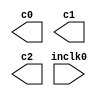
// megafunction wizard: %ALTPLL%VBB%
// GENERATION: STANDARD
// VERSION: WM1.0
// MODULE: altpll 

// ============================================================
// Megafunction Name(s):
// 			altpll
//
// Simulation Library Files(s):
// 			altera_mf
// ============================================================
// ************************************************************
// THIS IS A WIZARD-GENERATED FILE. DO NOT EDIT THIS FILE!
//
// 10.0 Build 218 06/27/2010 SJ Full Version
// ************************************************************

//Copyright (C) 1991-2010 Altera Corporation
//Your use of Altera Corporation's design tools, logic functions 
//and other software and tools, and its AMPP partner logic 
//functions, and any output files from any of the foregoing 
//(including device programming or simulation files), and any 
//associated documentation or information are expressly subject 
//to the terms and conditions of the Altera Program License 
//Subscription Agreement, Altera MegaCore Function License 
//Agreement, or other applicable license agreement, including, 
//without limitation, that your use is for the sole purpose of 
//programming logic devices manufactured by Altera and sold by 
//Altera or its authorized distributors.  Please refer to the 
//applicable agreement for further details.

module Sdram_PLL (
	inclk0,
	c0,
	c1,
	c2);

	input	  inclk0;
	output	  c0;
	output	  c1;
	output	  c2;

endmodule

// ============================================================
// CNX file retrieval info
// ============================================================
// Retrieval info: PRIVATE: ACTIVECLK_CHECK STRING "0"
// Retrieval info: PRIVATE: BANDWIDTH STRING "0.000"
// Retrieval info: PRIVATE: BANDWIDTH_FEATURE_ENABLED STRING "1"
// Retrieval info: PRIVATE: BANDWIDTH_FREQ_UNIT STRING "MHz"
// Retrieval info: PRIVATE: BANDWIDTH_PRESET STRING "Low"
// Retrieval info: PRIVATE: BANDWIDTH_USE_AUTO STRING "1"
// Retrieval info: PRIVATE: BANDWIDTH_USE_PRESET STRING "0"
// Retrieval info: PRIVATE: CLKBAD_SWITCHOVER_CHECK STRING "0"
// Retrieval info: PRIVATE: CLKLOSS_CHECK STRING "0"
// Retrieval info: PRIVATE: CLKSWITCH_CHECK STRING "0"
// Retrieval info: PRIVATE: CNX_NO_COMPENSATE_RADIO STRING "0"
// Retrieval info: PRIVATE: CREATE_CLKBAD_CHECK STRING "0"
// Retrieval info: PRIVATE: CREATE_INCLK1_CHECK STRING "0"
// Retrieval info: PRIVATE: CUR_DEDICATED_CLK STRING "c0"
// Retrieval info: PRIVATE: CUR_FBIN_CLK STRING ""
// Retrieval info: PRIVATE: DEVICE_SPEED_GRADE STRING "Any"
// Retrieval info: PRIVATE: DIV_FACTOR0 NUMERIC "1"
// Retrieval info: PRIVATE: DIV_FACTOR1 NUMERIC "1"
// Retrieval info: PRIVATE: DIV_FACTOR2 NUMERIC "3"
// Retrieval info: PRIVATE: DUTY_CYCLE0 STRING "50.00000000"
// Retrieval info: PRIVATE: DUTY_CYCLE1 STRING "50.00000000"
// Retrieval info: PRIVATE: DUTY_CYCLE2 STRING "50.00000000"
// Retrieval info: PRIVATE: EFF_OUTPUT_FREQ_VALUE0 STRING "100.000000"
// Retrieval info: PRIVATE: EFF_OUTPUT_FREQ_VALUE1 STRING "100.000000"
// Retrieval info: PRIVATE: EFF_OUTPUT_FREQ_VALUE2 STRING "33.333332"
// Retrieval info: PRIVATE: EXPLICIT_SWITCHOVER_COUNTER STRING "0"
// Retrieval info: PRIVATE: EXT_FEEDBACK_RADIO STRING "0"
// Retrieval info: PRIVATE: GLOCKED_COUNTER_EDIT_CHANGED STRING "1"
// Retrieval info: PRIVATE: GLOCKED_FEATURE_ENABLED STRING "0"
// Retrieval info: PRIVATE: GLOCKED_MODE_CHECK STRING "0"
// Retrieval info: PRIVATE: GLOCK_COUNTER_EDIT NUMERIC "1"
// Retrieval info: PRIVATE: HAS_MANUAL_SWITCHOVER STRING "1"
// Retrieval info: PRIVATE: INCLK0_FREQ_EDIT STRING "50.000"
// Retrieval info: PRIVATE: INCLK0_FREQ_UNIT_COMBO STRING "MHz"
// Retrieval info: PRIVATE: INCLK1_FREQ_EDIT STRING "0.000"
// Retrieval info: PRIVATE: INCLK1_FREQ_EDIT_CHANGED STRING "1"
// Retrieval info: PRIVATE: INCLK1_FREQ_UNIT_CHANGED STRING "1"
// Retrieval info: PRIVATE: INCLK1_FREQ_UNIT_COMBO STRING "MHz"
// Retrieval info: PRIVATE: INTENDED_DEVICE_FAMILY STRING "Cyclone IV E"
// Retrieval info: PRIVATE: INT_FEEDBACK__MODE_RADIO STRING "1"
// Retrieval info: PRIVATE: LOCKED_OUTPUT_CHECK STRING "0"
// Retrieval info: PRIVATE: LONG_SCAN_RADIO STRING "1"
// Retrieval info: PRIVATE: LVDS_MODE_DATA_RATE STRING "Not Available"
// Retrieval info: PRIVATE: LVDS_MODE_DATA_RATE_DIRTY NUMERIC "0"
// Retrieval info: PRIVATE: LVDS_PHASE_SHIFT_UNIT0 STRING "ps"
// Retrieval info: PRIVATE: LVDS_PHASE_SHIFT_UNIT1 STRING "ps"
// Retrieval info: PRIVATE: LVDS_PHASE_SHIFT_UNIT2 STRING "ps"
// Retrieval info: PRIVATE: MIG_DEVICE_SPEED_GRADE STRING "Any"
// Retrieval info: PRIVATE: MIRROR_CLK0 STRING "0"
// Retrieval info: PRIVATE: MIRROR_CLK1 STRING "0"
// Retrieval info: PRIVATE: MIRROR_CLK2 STRING "0"
// Retrieval info: PRIVATE: MULT_FACTOR0 NUMERIC "4"
// Retrieval info: PRIVATE: MULT_FACTOR1 NUMERIC "4"
// Retrieval info: PRIVATE: MULT_FACTOR2 NUMERIC "2"
// Retrieval info: PRIVATE: NORMAL_MODE_RADIO STRING "1"
// Retrieval info: PRIVATE: OUTPUT_FREQ0 STRING "100.00000000"
// Retrieval info: PRIVATE: OUTPUT_FREQ1 STRING "100.00000000"
// Retrieval info: PRIVATE: OUTPUT_FREQ2 STRING "18.75000000"
// Retrieval info: PRIVATE: OUTPUT_FREQ_MODE0 STRING "1"
// Retrieval info: PRIVATE: OUTPUT_FREQ_MODE1 STRING "1"
// Retrieval info: PRIVATE: OUTPUT_FREQ_MODE2 STRING "0"
// Retrieval info: PRIVATE: OUTPUT_FREQ_UNIT0 STRING "MHz"
// Retrieval info: PRIVATE: OUTPUT_FREQ_UNIT1 STRING "MHz"
// Retrieval info: PRIVATE: OUTPUT_FREQ_UNIT2 STRING "MHz"
// Retrieval info: PRIVATE: PHASE_RECONFIG_FEATURE_ENABLED STRING "1"
// Retrieval info: PRIVATE: PHASE_RECONFIG_INPUTS_CHECK STRING "0"
// Retrieval info: PRIVATE: PHASE_SHIFT0 STRING "0.00000000"
// Retrieval info: PRIVATE: PHASE_SHIFT1 STRING "-65.00000000"
// Retrieval info: PRIVATE: PHASE_SHIFT2 STRING "0.00000000"
// Retrieval info: PRIVATE: PHASE_SHIFT_STEP_ENABLED_CHECK STRING "0"
// Retrieval info: PRIVATE: PHASE_SHIFT_UNIT0 STRING "ns"
// Retrieval info: PRIVATE: PHASE_SHIFT_UNIT1 STRING "deg"
// Retrieval info: PRIVATE: PHASE_SHIFT_UNIT2 STRING "ps"
// Retrieval info: PRIVATE: PLL_ADVANCED_PARAM_CHECK STRING "0"
// Retrieval info: PRIVATE: PLL_ARESET_CHECK STRING "0"
// Retrieval info: PRIVATE: PLL_AUTOPLL_CHECK NUMERIC "1"
// Retrieval info: PRIVATE: PLL_ENHPLL_CHECK NUMERIC "0"
// Retrieval info: PRIVATE: PLL_FASTPLL_CHECK NUMERIC "0"
// Retrieval info: PRIVATE: PLL_FBMIMIC_CHECK STRING "0"
// Retrieval info: PRIVATE: PLL_LVDS_PLL_CHECK NUMERIC "0"
// Retrieval info: PRIVATE: PLL_PFDENA_CHECK STRING "0"
// Retrieval info: PRIVATE: PLL_TARGET_HARCOPY_CHECK NUMERIC "0"
// Retrieval info: PRIVATE: PRIMARY_CLK_COMBO STRING "inclk0"
// Retrieval info: PRIVATE: RECONFIG_FILE STRING "Sdram_PLL.mif"
// Retrieval info: PRIVATE: SACN_INPUTS_CHECK STRING "0"
// Retrieval info: PRIVATE: SCAN_FEATURE_ENABLED STRING "1"
// Retrieval info: PRIVATE: SELF_RESET_LOCK_LOSS STRING "0"
// Retrieval info: PRIVATE: SHORT_SCAN_RADIO STRING "0"
// Retrieval info: PRIVATE: SPREAD_FEATURE_ENABLED STRING "0"
// Retrieval info: PRIVATE: SPREAD_FREQ STRING "50.000"
// Retrieval info: PRIVATE: SPREAD_FREQ_UNIT STRING "KHz"
// Retrieval info: PRIVATE: SPREAD_PERCENT STRING "0.500"
// Retrieval info: PRIVATE: SPREAD_USE STRING "0"
// Retrieval info: PRIVATE: SRC_SYNCH_COMP_RADIO STRING "0"
// Retrieval info: PRIVATE: STICKY_CLK0 STRING "1"
// Retrieval info: PRIVATE: STICKY_CLK1 STRING "1"
// Retrieval info: PRIVATE: STICKY_CLK2 STRING "1"
// Retrieval info: PRIVATE: SWITCHOVER_COUNT_EDIT NUMERIC "1"
// Retrieval info: PRIVATE: SWITCHOVER_FEATURE_ENABLED STRING "1"
// Retrieval info: PRIVATE: SYNTH_WRAPPER_GEN_POSTFIX STRING "0"
// Retrieval info: PRIVATE: USE_CLK0 STRING "1"
// Retrieval info: PRIVATE: USE_CLK1 STRING "1"
// Retrieval info: PRIVATE: USE_CLK2 STRING "1"
// Retrieval info: PRIVATE: USE_CLKENA0 STRING "0"
// Retrieval info: PRIVATE: USE_CLKENA1 STRING "0"
// Retrieval info: PRIVATE: USE_CLKENA2 STRING "0"
// Retrieval info: PRIVATE: USE_MIL_SPEED_GRADE NUMERIC "0"
// Retrieval info: PRIVATE: ZERO_DELAY_RADIO STRING "0"
// Retrieval info: LIBRARY: altera_mf altera_mf.altera_mf_components.all
// Retrieval info: CONSTANT: BANDWIDTH_TYPE STRING "AUTO"
// Retrieval info: CONSTANT: CLK0_DIVIDE_BY NUMERIC "1"
// Retrieval info: CONSTANT: CLK0_DUTY_CYCLE NUMERIC "50"
// Retrieval info: CONSTANT: CLK0_MULTIPLY_BY NUMERIC "2"
// Retrieval info: CONSTANT: CLK0_PHASE_SHIFT STRING "0"
// Retrieval info: CONSTANT: CLK1_DIVIDE_BY NUMERIC "1"
// Retrieval info: CONSTANT: CLK1_DUTY_CYCLE NUMERIC "50"
// Retrieval info: CONSTANT: CLK1_MULTIPLY_BY NUMERIC "2"
// Retrieval info: CONSTANT: CLK1_PHASE_SHIFT STRING "-1806"
// Retrieval info: CONSTANT: CLK2_DIVIDE_BY NUMERIC "3"
// Retrieval info: CONSTANT: CLK2_DUTY_CYCLE NUMERIC "50"
// Retrieval info: CONSTANT: CLK2_MULTIPLY_BY NUMERIC "2"
// Retrieval info: CONSTANT: CLK2_PHASE_SHIFT STRING "0"
// Retrieval info: CONSTANT: COMPENSATE_CLOCK STRING "CLK0"
// Retrieval info: CONSTANT: INCLK0_INPUT_FREQUENCY NUMERIC "20000"
// Retrieval info: CONSTANT: INTENDED_DEVICE_FAMILY STRING "Cyclone IV E"
// Retrieval info: CONSTANT: LPM_TYPE STRING "altpll"
// Retrieval info: CONSTANT: OPERATION_MODE STRING "NORMAL"
// Retrieval info: CONSTANT: PLL_TYPE STRING "AUTO"
// Retrieval info: CONSTANT: PORT_ACTIVECLOCK STRING "PORT_UNUSED"
// Retrieval info: CONSTANT: PORT_ARESET STRING "PORT_UNUSED"
// Retrieval info: CONSTANT: PORT_CLKBAD0 STRING "PORT_UNUSED"
// Retrieval info: CONSTANT: PORT_CLKBAD1 STRING "PORT_UNUSED"
// Retrieval info: CONSTANT: PORT_CLKLOSS STRING "PORT_UNUSED"
// Retrieval info: CONSTANT: PORT_CLKSWITCH STRING "PORT_UNUSED"
// Retrieval info: CONSTANT: PORT_CONFIGUPDATE STRING "PORT_UNUSED"
// Retrieval info: CONSTANT: PORT_FBIN STRING "PORT_UNUSED"
// Retrieval info: CONSTANT: PORT_INCLK0 STRING "PORT_USED"
// Retrieval info: CONSTANT: PORT_INCLK1 STRING "PORT_UNUSED"
// Retrieval info: CONSTANT: PORT_LOCKED STRING "PORT_UNUSED"
// Retrieval info: CONSTANT: PORT_PFDENA STRING "PORT_UNUSED"
// Retrieval info: CONSTANT: PORT_PHASECOUNTERSELECT STRING "PORT_UNUSED"
// Retrieval info: CONSTANT: PORT_PHASEDONE STRING "PORT_UNUSED"
// Retrieval info: CONSTANT: PORT_PHASESTEP STRING "PORT_UNUSED"
// Retrieval info: CONSTANT: PORT_PHASEUPDOWN STRING "PORT_UNUSED"
// Retrieval info: CONSTANT: PORT_PLLENA STRING "PORT_UNUSED"
// Retrieval info: CONSTANT: PORT_SCANACLR STRING "PORT_UNUSED"
// Retrieval info: CONSTANT: PORT_SCANCLK STRING "PORT_UNUSED"
// Retrieval info: CONSTANT: PORT_SCANCLKENA STRING "PORT_UNUSED"
// Retrieval info: CONSTANT: PORT_SCANDATA STRING "PORT_UNUSED"
// Retrieval info: CONSTANT: PORT_SCANDATAOUT STRING "PORT_UNUSED"
// Retrieval info: CONSTANT: PORT_SCANDONE STRING "PORT_UNUSED"
// Retrieval info: CONSTANT: PORT_SCANREAD STRING "PORT_UNUSED"
// Retrieval info: CONSTANT: PORT_SCANWRITE STRING "PORT_UNUSED"
// Retrieval info: CONSTANT: PORT_clk0 STRING "PORT_USED"
// Retrieval info: CONSTANT: PORT_clk1 STRING "PORT_USED"
// Retrieval info: CONSTANT: PORT_clk2 STRING "PORT_USED"
// Retrieval info: CONSTANT: PORT_clk3 STRING "PORT_UNUSED"
// Retrieval info: CONSTANT: PORT_clk4 STRING "PORT_UNUSED"
// Retrieval info: CONSTANT: PORT_clk5 STRING "PORT_UNUSED"
// Retrieval info: CONSTANT: PORT_clkena0 STRING "PORT_UNUSED"
// Retrieval info: CONSTANT: PORT_clkena1 STRING "PORT_UNUSED"
// Retrieval info: CONSTANT: PORT_clkena2 STRING "PORT_UNUSED"
// Retrieval info: CONSTANT: PORT_clkena3 STRING "PORT_UNUSED"
// Retrieval info: CONSTANT: PORT_clkena4 STRING "PORT_UNUSED"
// Retrieval info: CONSTANT: PORT_clkena5 STRING "PORT_UNUSED"
// Retrieval info: CONSTANT: PORT_extclk0 STRING "PORT_UNUSED"
// Retrieval info: CONSTANT: PORT_extclk1 STRING "PORT_UNUSED"
// Retrieval info: CONSTANT: PORT_extclk2 STRING "PORT_UNUSED"
// Retrieval info: CONSTANT: PORT_extclk3 STRING "PORT_UNUSED"
// Retrieval info: CONSTANT: WIDTH_CLOCK NUMERIC "5"
// Retrieval info: USED_PORT: @clk 0 0 5 0 OUTPUT_CLK_EXT VCC "@clk[4..0]"
// Retrieval info: USED_PORT: c0 0 0 0 0 OUTPUT_CLK_EXT VCC "c0"
// Retrieval info: USED_PORT: c1 0 0 0 0 OUTPUT_CLK_EXT VCC "c1"
// Retrieval info: USED_PORT: c2 0 0 0 0 OUTPUT_CLK_EXT VCC "c2"
// Retrieval info: USED_PORT: inclk0 0 0 0 0 INPUT_CLK_EXT GND "inclk0"
// Retrieval info: CONNECT: @inclk 0 0 1 1 GND 0 0 0 0
// Retrieval info: CONNECT: @inclk 0 0 1 0 inclk0 0 0 0 0
// Retrieval info: CONNECT: c0 0 0 0 0 @clk 0 0 1 0
// Retrieval info: CONNECT: c1 0 0 0 0 @clk 0 0 1 1
// Retrieval info: CONNECT: c2 0 0 0 0 @clk 0 0 1 2
// Retrieval info: GEN_FILE: TYPE_NORMAL Sdram_PLL.v TRUE
// Retrieval info: GEN_FILE: TYPE_NORMAL Sdram_PLL.inc FALSE
// Retrieval info: GEN_FILE: TYPE_NORMAL Sdram_PLL.cmp FALSE
// Retrieval info: GEN_FILE: TYPE_NORMAL Sdram_PLL.bsf TRUE
// Retrieval info: GEN_FILE: TYPE_NORMAL Sdram_PLL_inst.v FALSE
// Retrieval info: GEN_FILE: TYPE_NORMAL Sdram_PLL_bb.v TRUE
// Retrieval info: GEN_FILE: TYPE_NORMAL Sdram_PLL_waveforms.html TRUE
// Retrieval info: GEN_FILE: TYPE_NORMAL Sdram_PLL_wave*.jpg FALSE
// Retrieval info: GEN_FILE: TYPE_NORMAL Sdram_PLL.ppf TRUE
// Retrieval info: LIB_FILE: altera_mf